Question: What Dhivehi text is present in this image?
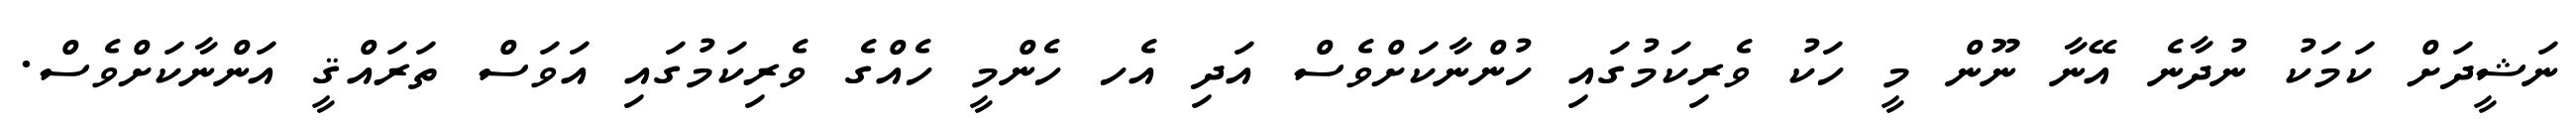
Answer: ނަޝީދަށް ކަމަކު ނުދާނެ އޭނާ ނޫން މީ ހަކު ވެރިކަމުގައި ހުންނާކަށްވެސް އަދި އެހ ހެންމީ ހެއްގެ ވެރިކަމުގައި އަވަސް ތަރައްޤީ އަންނާކަށްވެސް.